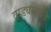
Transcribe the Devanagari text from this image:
वाड्यापर्यंत